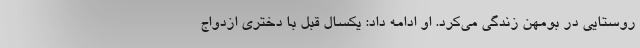
روستایی در بومهن زندگی می‌کرد. او ادامه داد: یکسال قبل با دختری ازدواج